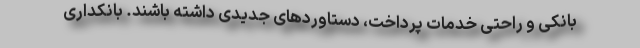
بانکی و راحتی خدمات پرداخت، دستاوردهای جدیدی داشته باشند. بانکداری